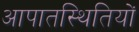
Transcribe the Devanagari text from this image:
आपातस्थितियों